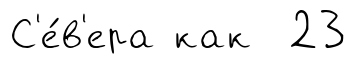
С'е́в'ера как 23